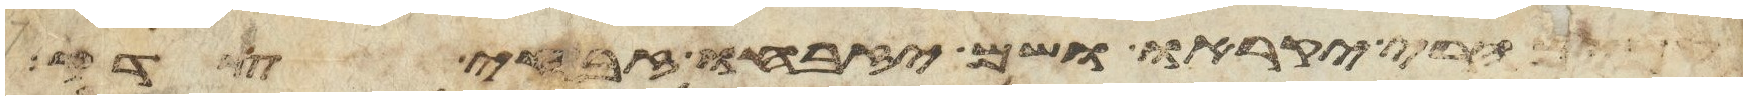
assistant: עמים הרי יקראו ושם יזבחו זבחי צדק